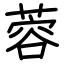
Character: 蓉